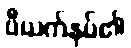
ဗီယက်နမ်၏